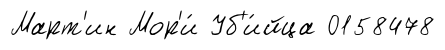
Март'ин Мор'и́ Уб'и́йца 0158478